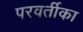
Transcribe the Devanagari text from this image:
परवर्तीका